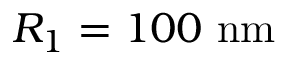
R _ { 1 } = 1 0 0 \ \mathrm { n m }